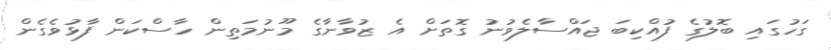
ގަހުގައި ބޮލުގެ ފުއްކިބަ ޖައްސާލެވުނު ގޮތަށް އެ ޒުވާނާގެ މޫނުމަތިން ހާސްކަން ފާޅުވެގެން